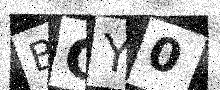
Text: BCY0